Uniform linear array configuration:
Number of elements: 48
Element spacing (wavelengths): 0.5
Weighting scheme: cosine
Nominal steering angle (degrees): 45
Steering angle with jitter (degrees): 43.335
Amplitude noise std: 0.05
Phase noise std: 0.05

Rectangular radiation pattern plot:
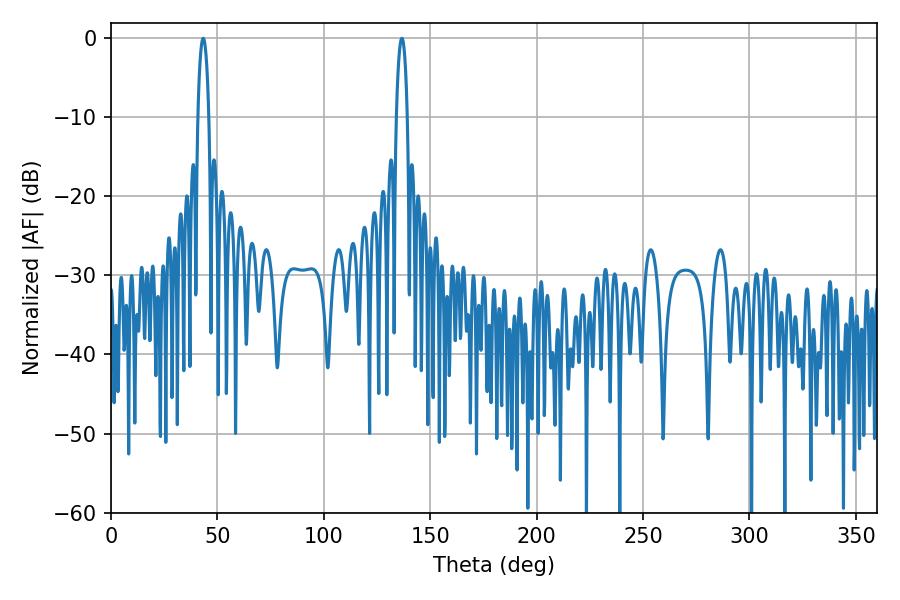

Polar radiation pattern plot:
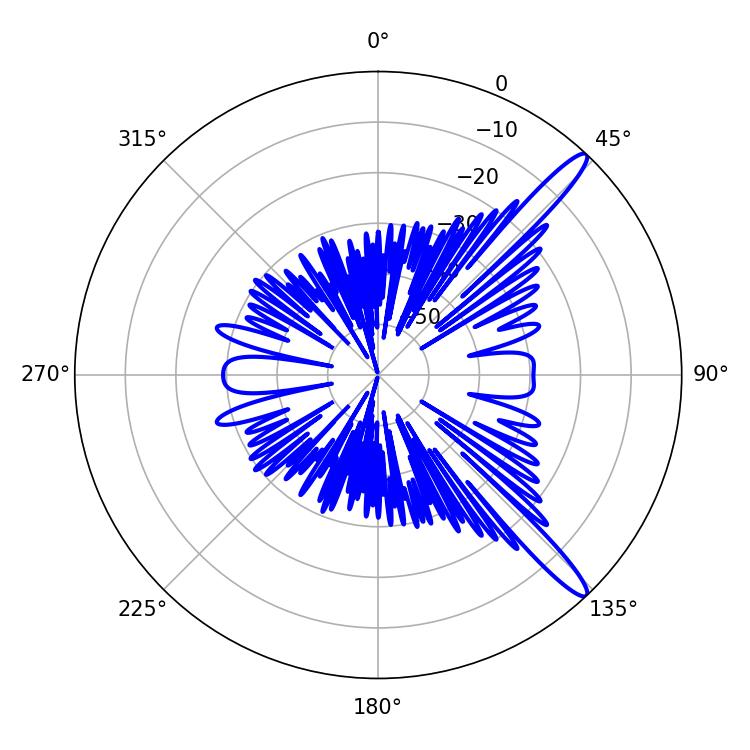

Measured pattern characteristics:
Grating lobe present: FALSE
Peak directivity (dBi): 14.043
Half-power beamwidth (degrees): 2.88
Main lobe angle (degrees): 43.38